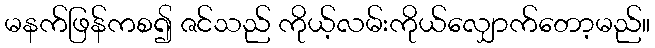
မနက်ဖြန်ကစ၍ ဇင်သည် ကိုယ့်လမ်းကိုယ်လျှောက်တော့မည်။